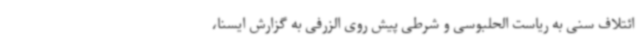
ائتلاف سنی به ریاست الحلبوسی و شرطی پیش روی الزرفی به گزارش ایسنا،